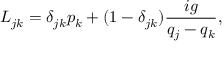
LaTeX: L _ { j k } = \delta _ { j k } p _ { k } + ( 1 - \delta _ { j k } ) \frac { i g } { q _ { j } - q _ { k } } ,